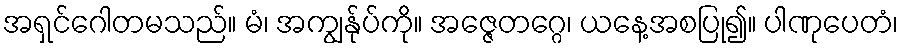
အရှင်ဂေါတမသည်။ မံ၊ အကျွန်ုပ်ကို။ အဇ္ဇေတဂ္ဂေ၊ ယနေ့အစပြု၍။ ပါဏုပေတံ၊